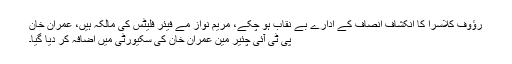
رؤوف کلاسرا کا انکشاف انصاف کے ادارے بے نقاب ہو چکے، مریم نواز مے فیئر فلیٹس کی مالکہ ہیں، عمران خان
پی ٹی آئی چئیر مین عمران خان کی سکیورٹی میں اضافہ کر دیا گیا۔